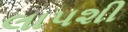
લાપશી